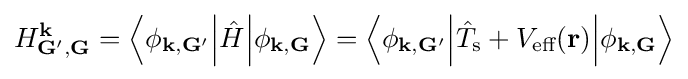
H_{\mathbf {G'} ,\mathbf {G} }^{\mathbf {k} }=\left\langle \phi _{\mathbf {k} ,\mathbf {G'} }{\Big |}{\hat {H}}{\Big |}\phi _{\mathbf {k} ,\mathbf {G} }\right\rangle =\left\langle \phi _{\mathbf {k} ,\mathbf {G'} }{\Big |}{\hat {T}}_{\text{s}}+V_{\text{eff}}(\mathbf {r} ){\Big |}\phi _{\mathbf {k} ,\mathbf {G} }\right\rangle